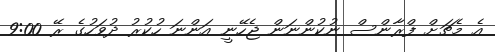
އެ މެޗަށް ފްރާންސް ނުކުންނަން ޖެހޭނީ އަންނަ ހުކުރު ދުވަހުގެ ރޭ 9:00